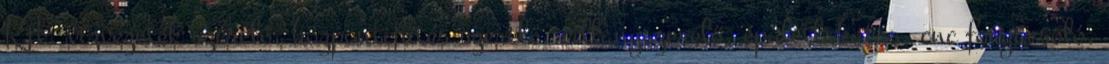
Kft. vízvezeték szerelő, központifűtés szerelő, villanyszerelő, épületlakatos, cnc forgácsoló,